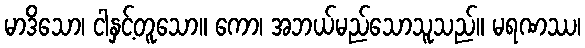
မာဒိသော၊ ငါနှင့်တူသော။ ကော၊ အဘယ်မည်သောသူသည်။ မရဏဿ၊